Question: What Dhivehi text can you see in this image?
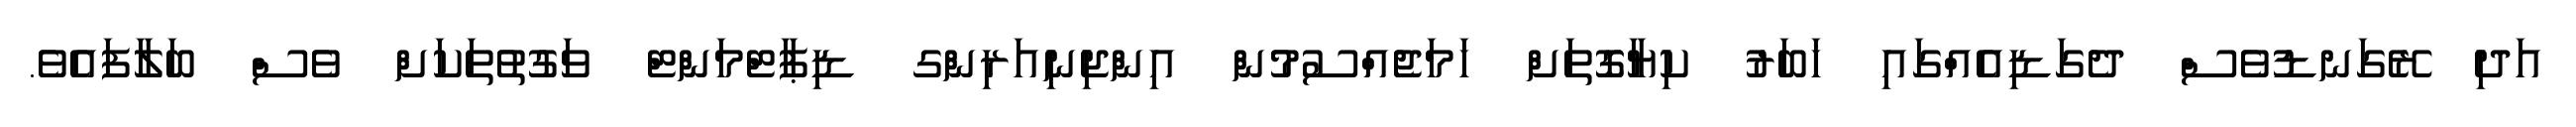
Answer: އަދި ރޭގަނޑުވެސް ދެގަޑިއެއްގައި ޚަބަރު ކިޔާގޮތަށް ހަމަޖެއްސުމުން އިންޖިނިއަރިންގ ޑިޕާޓްމަންޓް ވަގުތުތަކަށް ވެސް ބަލާފައެވެ.